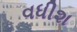
વધીશ